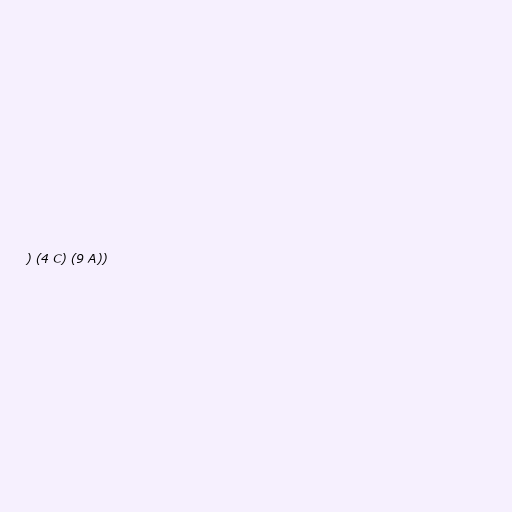
) (4 C) (9 A))